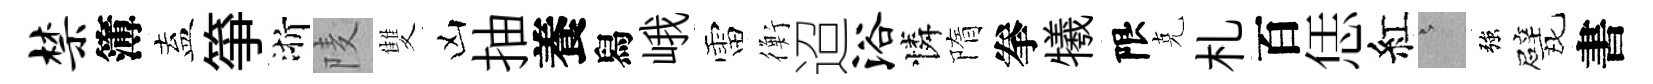
禁簿盍箏浙𨹧雙凶抽養舄峨雷衡迢浴憐隋拳犧限克札百恁紅澹強戏書